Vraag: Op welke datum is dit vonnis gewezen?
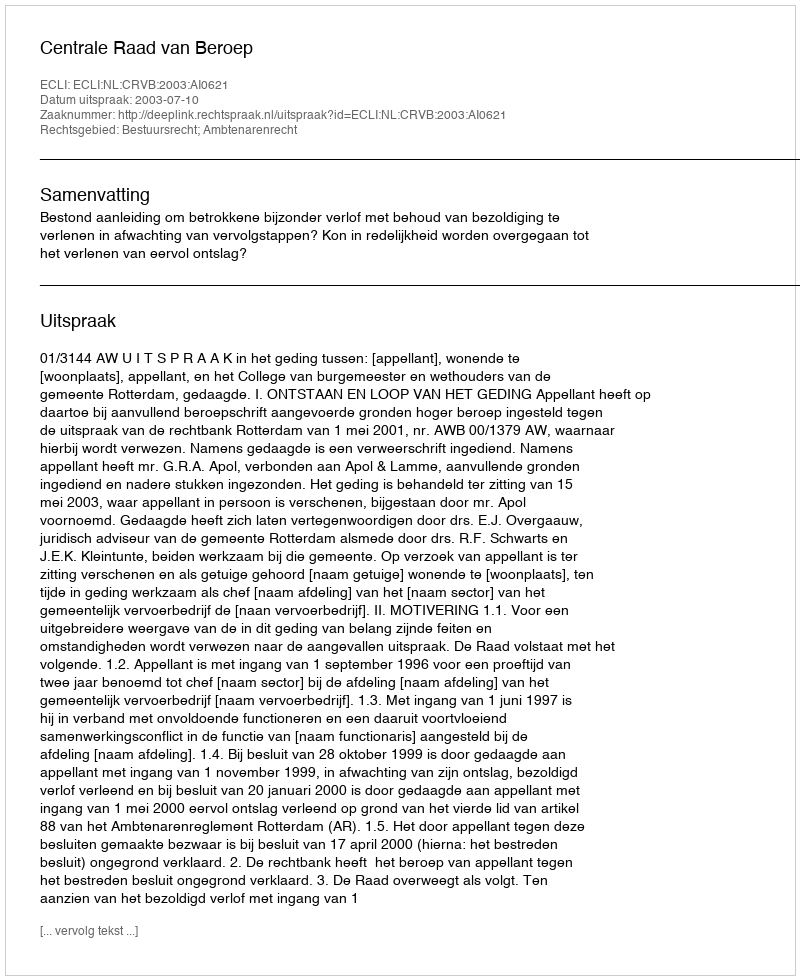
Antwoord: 2003-07-10